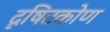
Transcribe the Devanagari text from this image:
दृषिटकोण